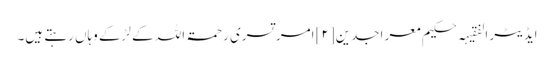
ایڈیٹر الفقیہہ حکیم معر اجدین[۲] امر تسری رحمۃ اللہ کے لڑکے وہاں رہتے ہیں۔